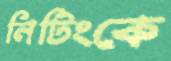
নিটিংকে